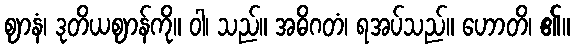
ဈာနံ၊ ဒုတိယဈာန်ကို။ ဝါ၊ သည်။ အဓိဂတံ၊ ရအပ်သည်။ ဟောတိ၊ ၏။